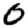
Digit: 0